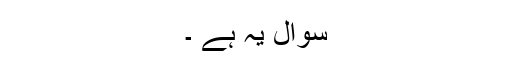
سوال یہ ہے ۔